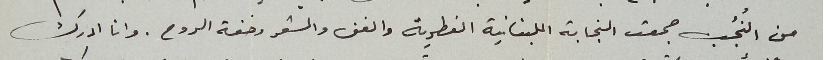
من النُجُب جمعت النجابة اللبنانية الفطرية والفن والشعر وخفة الروح. وانا ادرك